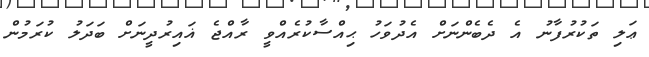
ޢަލި ތަކުރުފާނު އެ ދެބެންނަށް އެދުވަހު ޙިއްސާކުރެއްވީ ރާއްޖެ ޣައިރުދީނަށް ބަދަލު ކުރަމުން